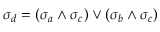
\sigma _ { d } = ( \sigma _ { a } \land \sigma _ { c } ) \lor ( \sigma _ { b } \land \sigma _ { c } )